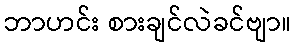
ဘာဟင်း စားချင်လဲခင်ဗျာ။